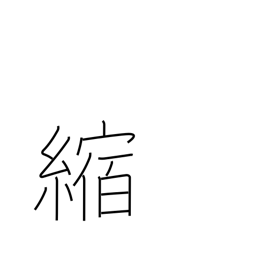
Meaning: shrink